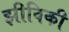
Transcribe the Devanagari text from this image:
झीविकी